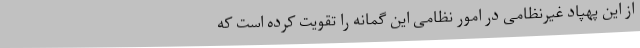
از این پهپاد غیرنظامی در امور نظامی این گمانه را تقویت کرده است که